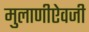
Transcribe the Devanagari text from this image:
मुलाणीऐवजी